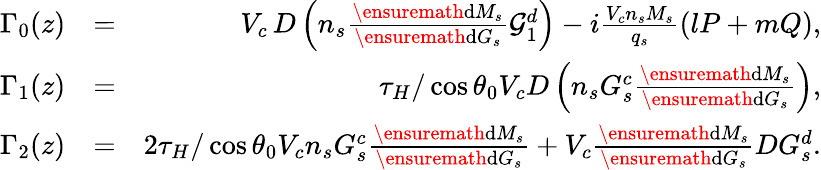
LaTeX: \begin{array}{rlr}{\Gamma_{0}(z)}&{=}&{V_{c}\, D\left(n_{s}\frac{\ensuremath{\mathrm{d}}M_{s}}{\ensuremath{\mathrm{d}}G_{s}}\mathcal{G}_{1}^{d}\right)-i\frac{V_{c}n_{s}M_{s}}{q_{s}}(lP+mQ),}\\ {\Gamma_{1}(z)}&{=}&{\tau_{H}/\cos{\theta_{0}}V_{c}D\left(n_{s}G_{s}^{c}\frac{\ensuremath{\mathrm{d}}M_{s}}{\ensuremath{\mathrm{d}}G_{s}}\right),}\\ {\Gamma_{2}(z)}&{=}&{2\tau_{H}/\cos{\theta_{0}}V_{c}n_{s}G_{s}^{c}\frac{\ensuremath{\mathrm{d}}M_{s}}{\ensuremath{\mathrm{d}}G_{s}}+V_{c}\frac{\ensuremath{\mathrm{d}}M_{s}}{\ensuremath{\mathrm{d}}G_{s}}DG_{s}^{d}.}\end{array}